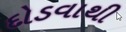
દોડવાથી